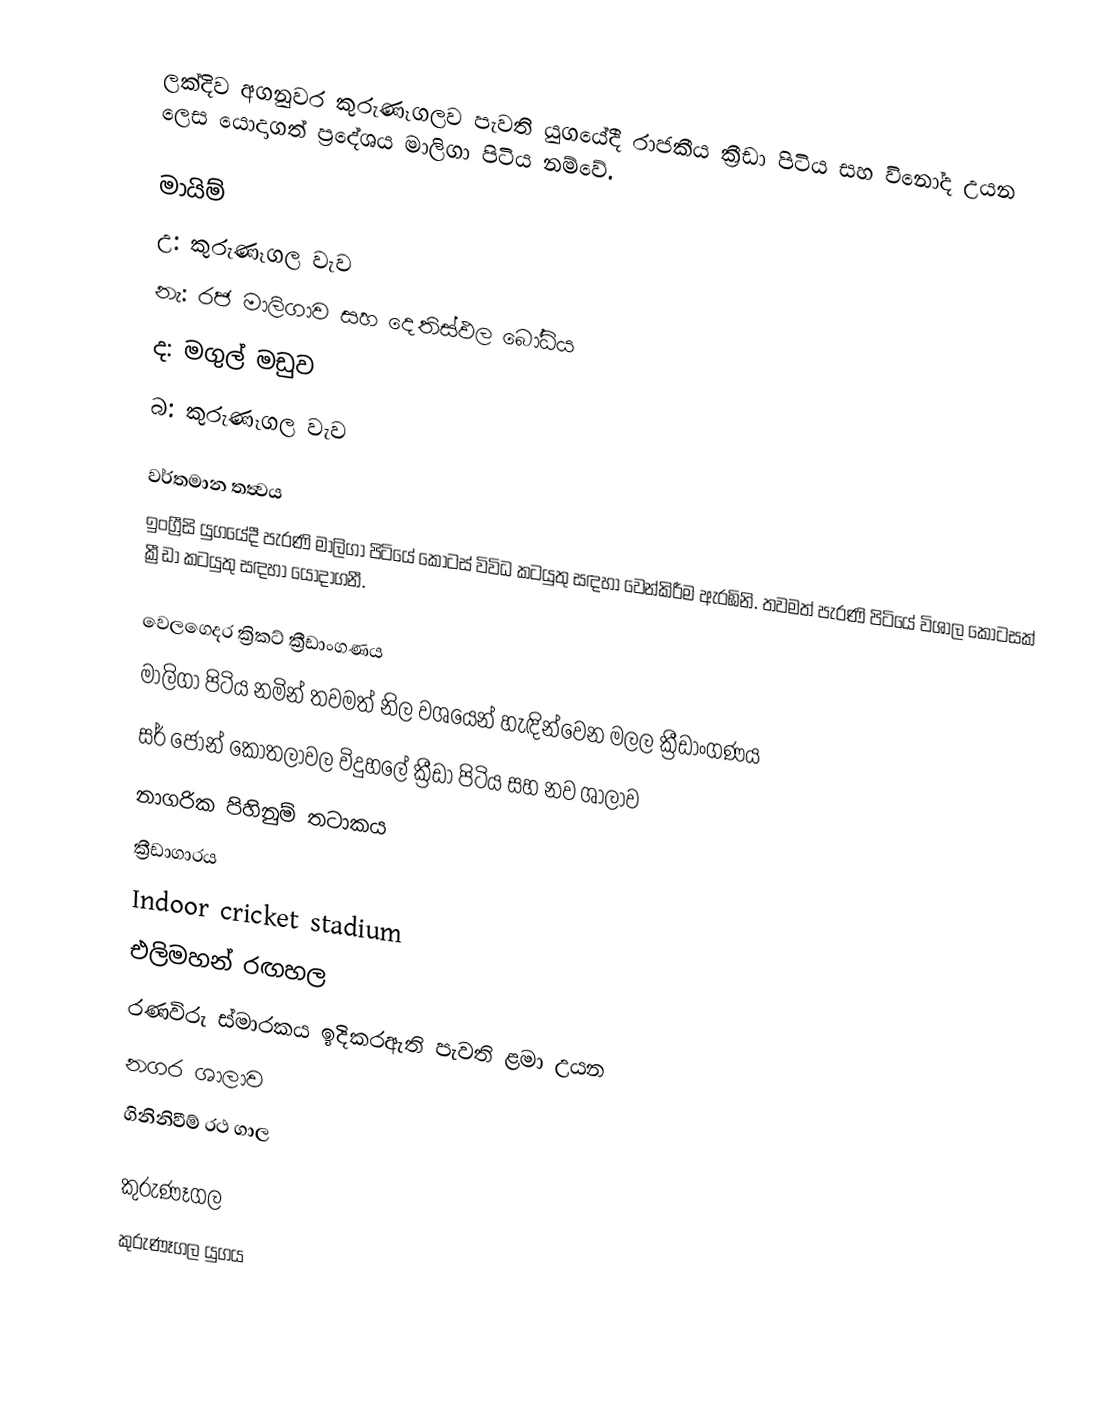
ලක්දිව අගනුවර කුරුණෑගලව පැවති යුගයේදී රාජකීය ක්‍රීඩා පිටිය සහ විනෝද උයන ලෙස යොදාගත් ප්‍රදේශය මාලිගා පිටිය නම්වේ.

මායිම්
 උ: කුරුණෑගල වැව
 නැ: රජ මාලිගාව සහ දෙතිස්ඵල බෝධිය
 ද: මගුල් මඩුව
 බ: කුරුණෑගල වැව

වර්තමාන තත්‍වය
ඉංග්‍රීසි යුගයේදී පැරණි මාලිගා පිටියේ කොටස් විවිධ කටයුතු සඳහා වෙන්කිරීම ඇරඹිනි. තවමත් පැරණි පිටියේ විශාල කොටසක් ක්‍රීඩා කටයුතු සඳහා යොදාගනී.

 වෙලගෙදර ක්‍රිකට් ක්‍රීඩාංගණය
  මාලිගා පිටිය නමින් තවමත් නිල වශයෙන් හැඳින්වෙන මලල ක්‍රීඩාංගණය
 සර් ජෝන් කොතලාවල විදුහලේ ක්‍රීඩා පිටිය සහ නව ශාලාව
  නාගරික පිහිනුම් තටාකය
 ක්‍රීඩාගාරය
 Indoor cricket stadium
 එලිමහන් රඟහල
 රණවිරු ස්මාරකය ඉදිකරඇති පැවති ළමා උයන
 නගර ශාලාව
 ගිනිනිවීම් රථ ගාල

කුරුණෑගල
කුරුණෑගල යුගය